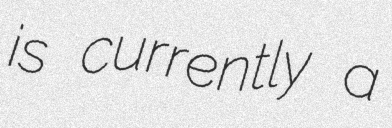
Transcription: is currently a